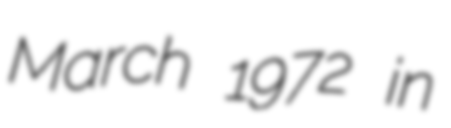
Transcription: March 1972 in